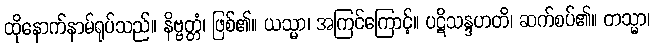
ထိုနောက်နာမ်ရုပ်သည်။ နိဗ္ဗတ္တံ၊ ဖြစ်၏။ ယသ္မာ၊ အကြင်ကြောင့်။ ပဋိသန္ဒဟတိ၊ ဆက်စပ်၏။ တသ္မာ၊